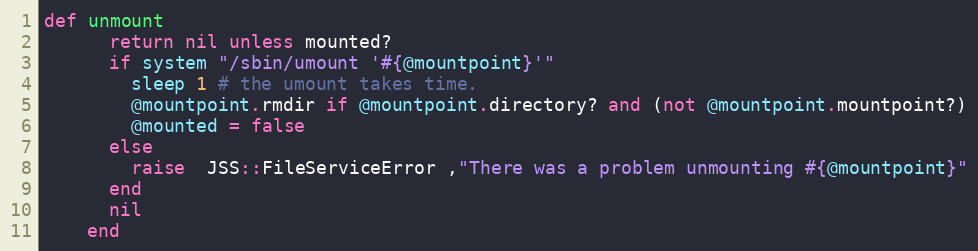
Language: Ruby
def unmount
      return nil unless mounted?
      if system "/sbin/umount '#{@mountpoint}'"
        sleep 1 # the umount takes time.
        @mountpoint.rmdir if @mountpoint.directory? and (not @mountpoint.mountpoint?)
        @mounted = false
      else
        raise  JSS::FileServiceError ,"There was a problem unmounting #{@mountpoint}"
      end
      nil
    end